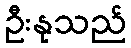
ဦးနုသည်